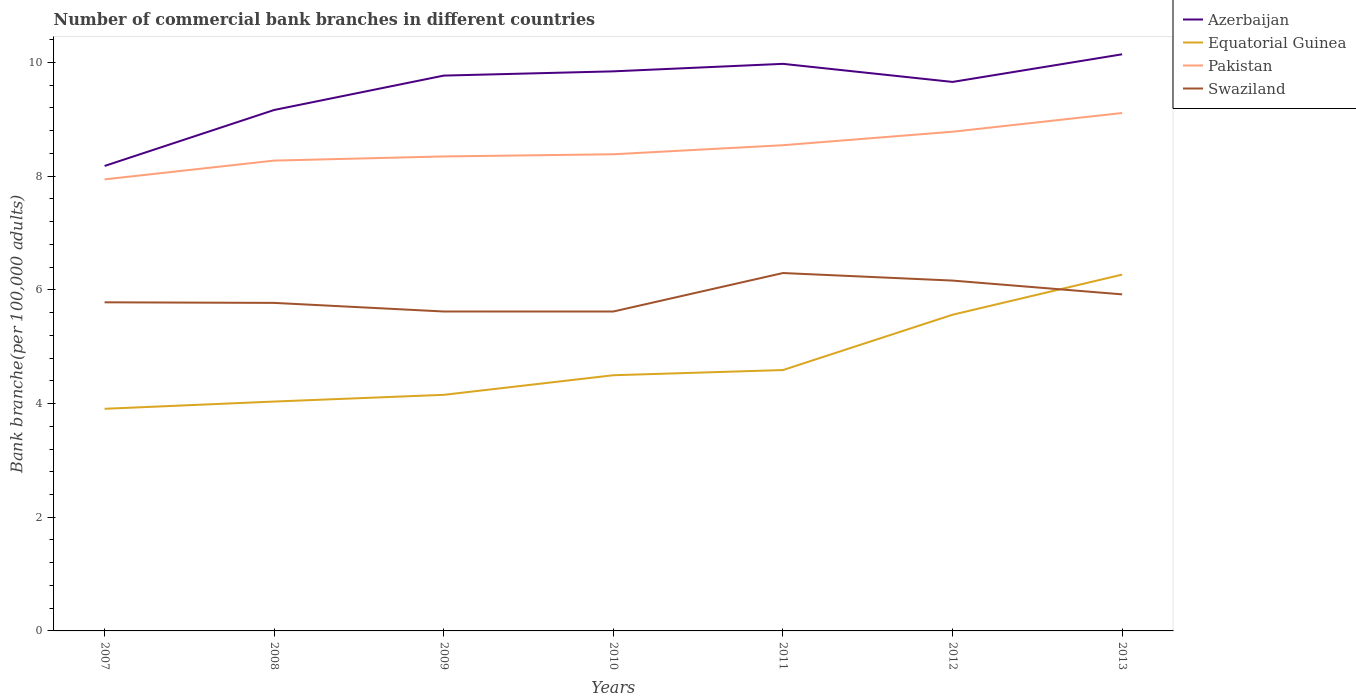
| Years | Azerbaijan | Equatorial Guinea | Pakistan | Swaziland |
 | --- | --- | --- | --- | --- |
 | 2007 | 8.18 | 3.91 | 7.94 | 5.78 |
 | 2008 | 9.16 | 4.03 | 8.27 | 5.77 |
 | 2009 | 9.77 | 4.15 | 8.35 | 5.62 |
 | 2010 | 9.84 | 4.5 | 8.38 | 5.62 |
 | 2011 | 9.98 | 4.59 | 8.54 | 6.3 |
 | 2012 | 9.66 | 5.56 | 8.78 | 6.16 |
 | 2013 | 10.1 | 6.27 | 9.11 | 5.92 |